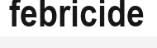
febricide